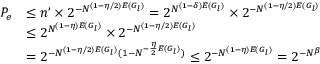
\begin{array} { r l } { P _ { e } } & { \leq n ’ \times 2 ^ { - N ^ { ( 1 - \eta / 2 ) E ( G _ { l } ) } } = 2 ^ { N ^ { ( 1 - \delta ) E ( G _ { l } ) } } \times 2 ^ { - N ^ { ( 1 - \eta / 2 ) E ( G _ { l } ) } } } \\ & { \leq 2 ^ { N ^ { ( 1 - \eta ) E ( G _ { l } ) } } \times 2 ^ { - N ^ { ( 1 - \eta / 2 ) E ( G _ { l } ) } } } \\ & { = 2 ^ { - N ^ { ( 1 - \eta / 2 ) E ( G _ { l } ) } ( 1 - N ^ { - \frac { \eta } { 2 } E ( G _ { l } ) } ) } \leq 2 ^ { - N ^ { ( 1 - \eta ) E ( G _ { l } ) } } = 2 ^ { - N ^ { \beta } } } \end{array}